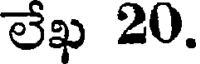
లేఖ 20.